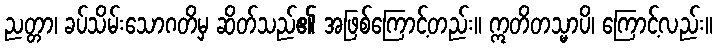
ညတ္တာ၊ ခပ်သိမ်းသောဂတိမှ ဆိတ်သည်၏ အဖြစ်ကြောင့်တည်း။ ဣတိတသ္မာပိ၊ ကြောင့်လည်း။